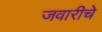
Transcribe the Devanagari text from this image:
जवारीचे